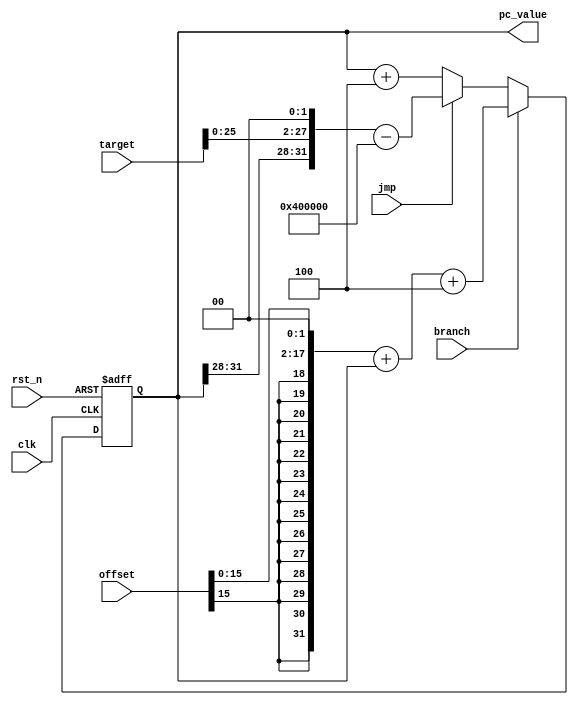
`timescale 1ns / 1ps
//////////////////////////////////////////////////////////////////////////////////
// Company: 
// Engineer: 
// 
// Design Name: 
// Module Name: pc
// Project Name: 
// Target Devices: 
// Tool Versions: 
// Description: 
// 
// Dependencies: 
// 
// Revision:
// Revision 0.01 - File Created
// Additional Comments:
// 
//////////////////////////////////////////////////////////////////////////////////


module pc(
    input clk,
    input rst_n,
    input jmp,
    input branch,
    input [31:0] offset,
    input [31:0] target,
    output [31:0]pc_value
    );
    reg [31:0]R_pc;
    always@(posedge clk or negedge rst_n)begin
        if(!rst_n)begin
            R_pc<=32'b0;
        end
        else begin//beqj
        if(branch==1)begin
            R_pc<={{(14){offset[15]}},offset[15:0],2'b00}+R_pc+4;//offset
        end
        else if(jmp==1)begin
            R_pc<={pc_value[31:28],target[25:0],2'b00}-32'h00400000;//
        end
        else
        R_pc<=R_pc+4;//4
        end      
    end
    assign pc_value=R_pc;
endmodule